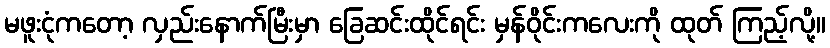
မဖူးငုံကတော့ လှည်းနောက်မြီးမှာ ခြေဆင်းထိုင်ရင်း မှန်ဝိုင်းကလေးကို ထုတ် ကြည့်လို့။